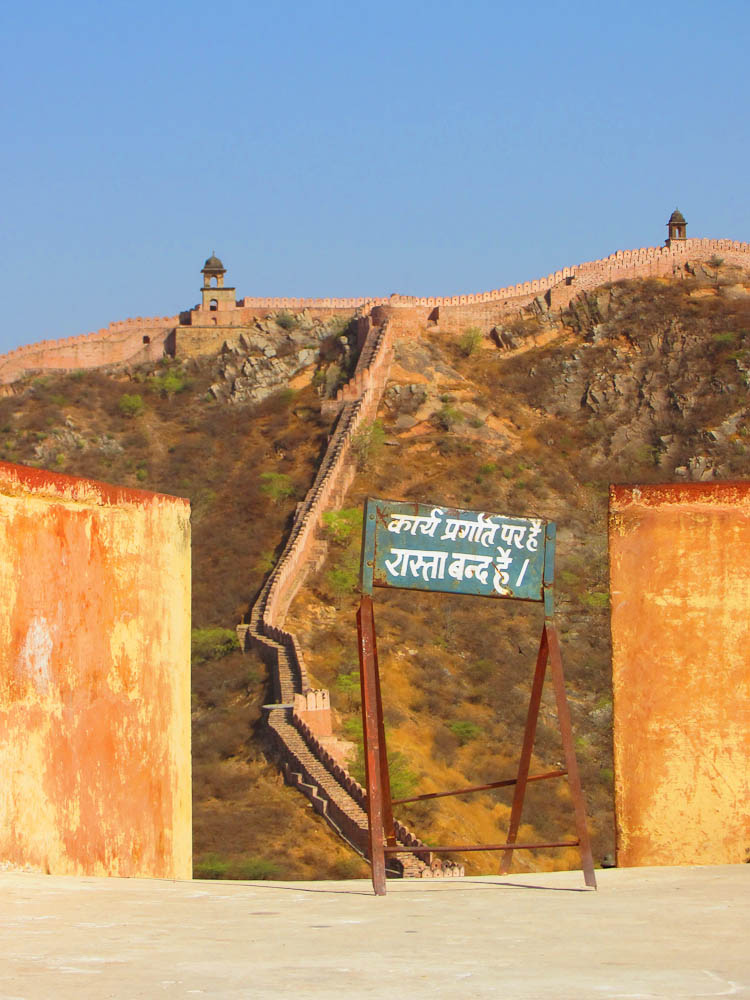
Language: hindi
Transcription: बन्द है। प्रगति कार्य रास्ता है